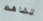
تشاهده